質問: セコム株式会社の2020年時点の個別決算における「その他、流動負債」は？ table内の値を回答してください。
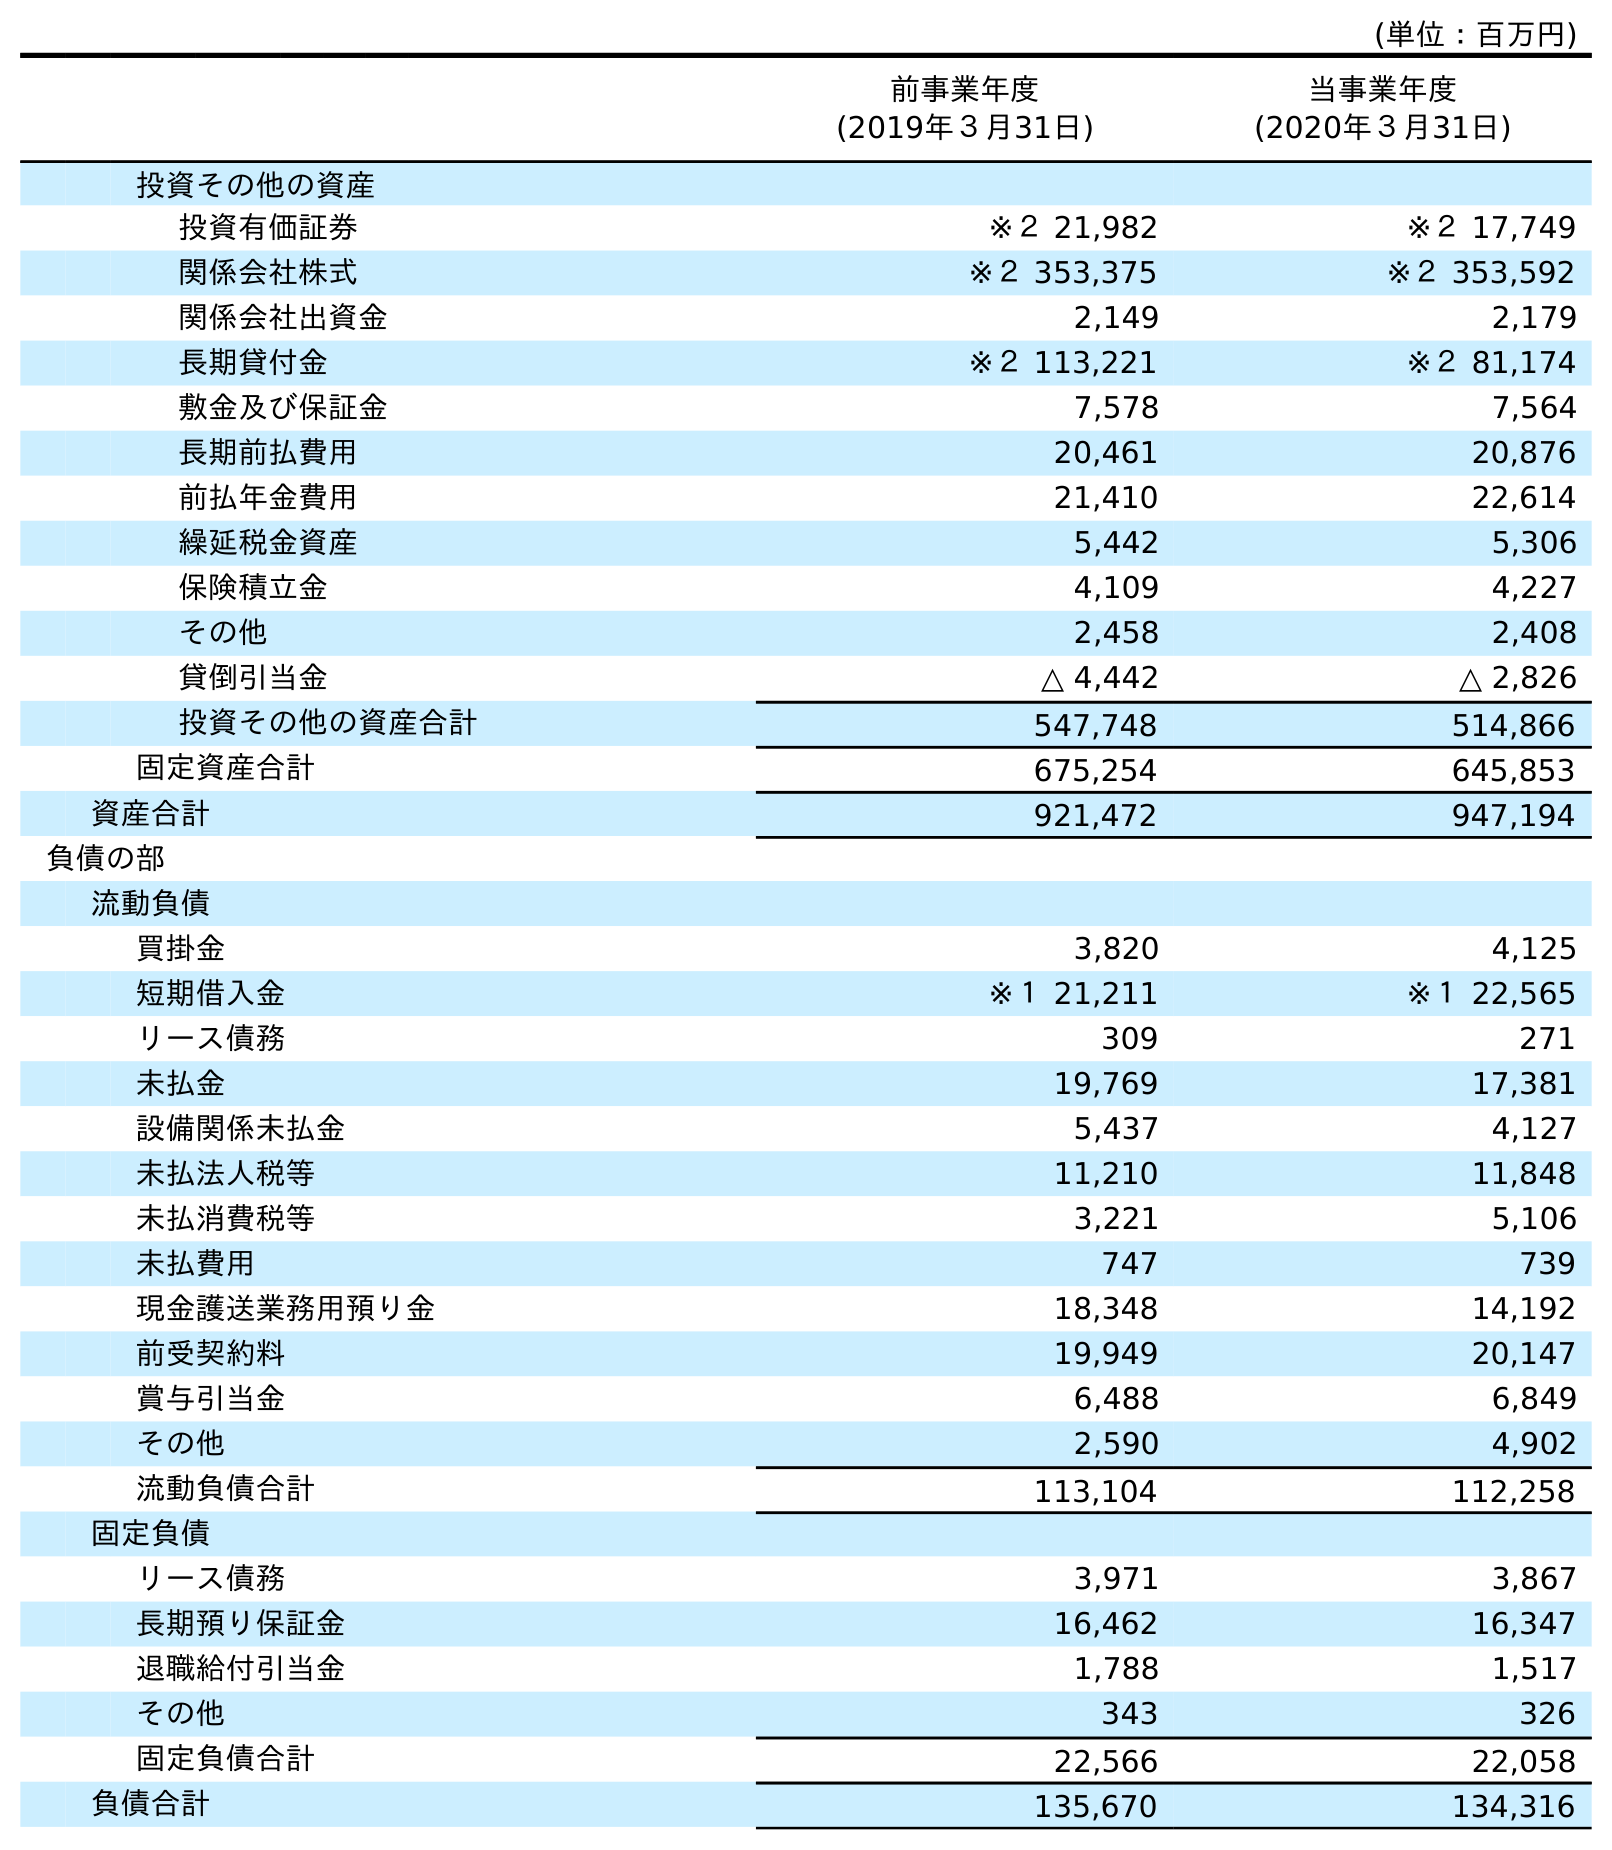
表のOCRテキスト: (単位：百万円) 前事業年度 (2019年３月31日) 当事業年度 (2020年３月31日) 投資その他の資産 投資有価証券 ※２ 21,982 ※２ 17,749 関係会社株式 ※２ 353,375 ※２ 353,592 関係会社出資金 2,149 2,179 長期貸付金 ※２ 113,221 ※２ 81,174 敷金及び保証金 7,578 7,564 長期前払費用 20,461 20,876 前払年金費用 21,410 22,614 繰延税金資産 5,442 5,306 保険積立金 4,109 4,227 その他 2,458 2,408 貸倒引当金 △ 4,442 △ 2,826 投資その他の資産合計 547,748 514,866 固定資産合計 675,254 645,853 資産合計 921,472 947,194 負債の部 流動負債 買掛金 3,820 4,125 短期借入金 ※１ 21,211 ※１ 22,565 リース債務 309 271 未払金 19,769 17,381 設備関係未払金 5,437 4,127 未払法人税等 11,210 11,848 未払消費税等 3,221 5,106 未払費用 747 739 現金護送業務用預り金 18,348 14,192 前受契約料 19,949 20,147 賞与引当金 6,488 6,849 その他 2,590 4,902 流動負債合計 113,104 112,258 固定負債 リース債務 3,971 3,867 長期預り保証金 16,462 16,347 退職給付引当金 1,788 1,517 その他 343 326 固定負債合計 22,566 22,058 負債合計 135,670 134,316
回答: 4,902